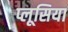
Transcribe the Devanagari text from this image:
प्लूसिया